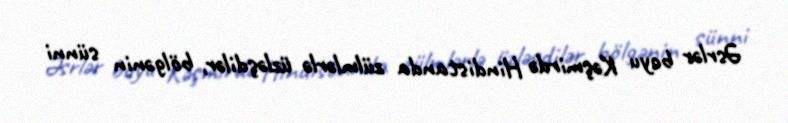
Əsrlər boyu Kəşmirdə Hindistanda zülmlərlə üzləşdilər, bölgənin sünni